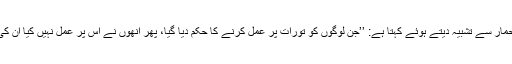
قرآن، احکامِ تورات کے بارے میں یہود ی طرزِ عمل کو حمار سے تشبیہ دیتے ہوئے کہتا ہے: ’’جن لوگوں کو تورات پر عمل کرنے کا حکم دیا گیا، پھر انھوں نے اس پر عمل نہیں کیا ان کی مثال اس گدھے کی سی ہے جو بہت سی کتابیں لادے ہو۔